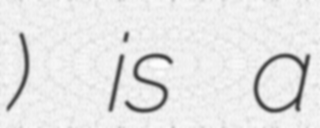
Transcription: Чуни) is a